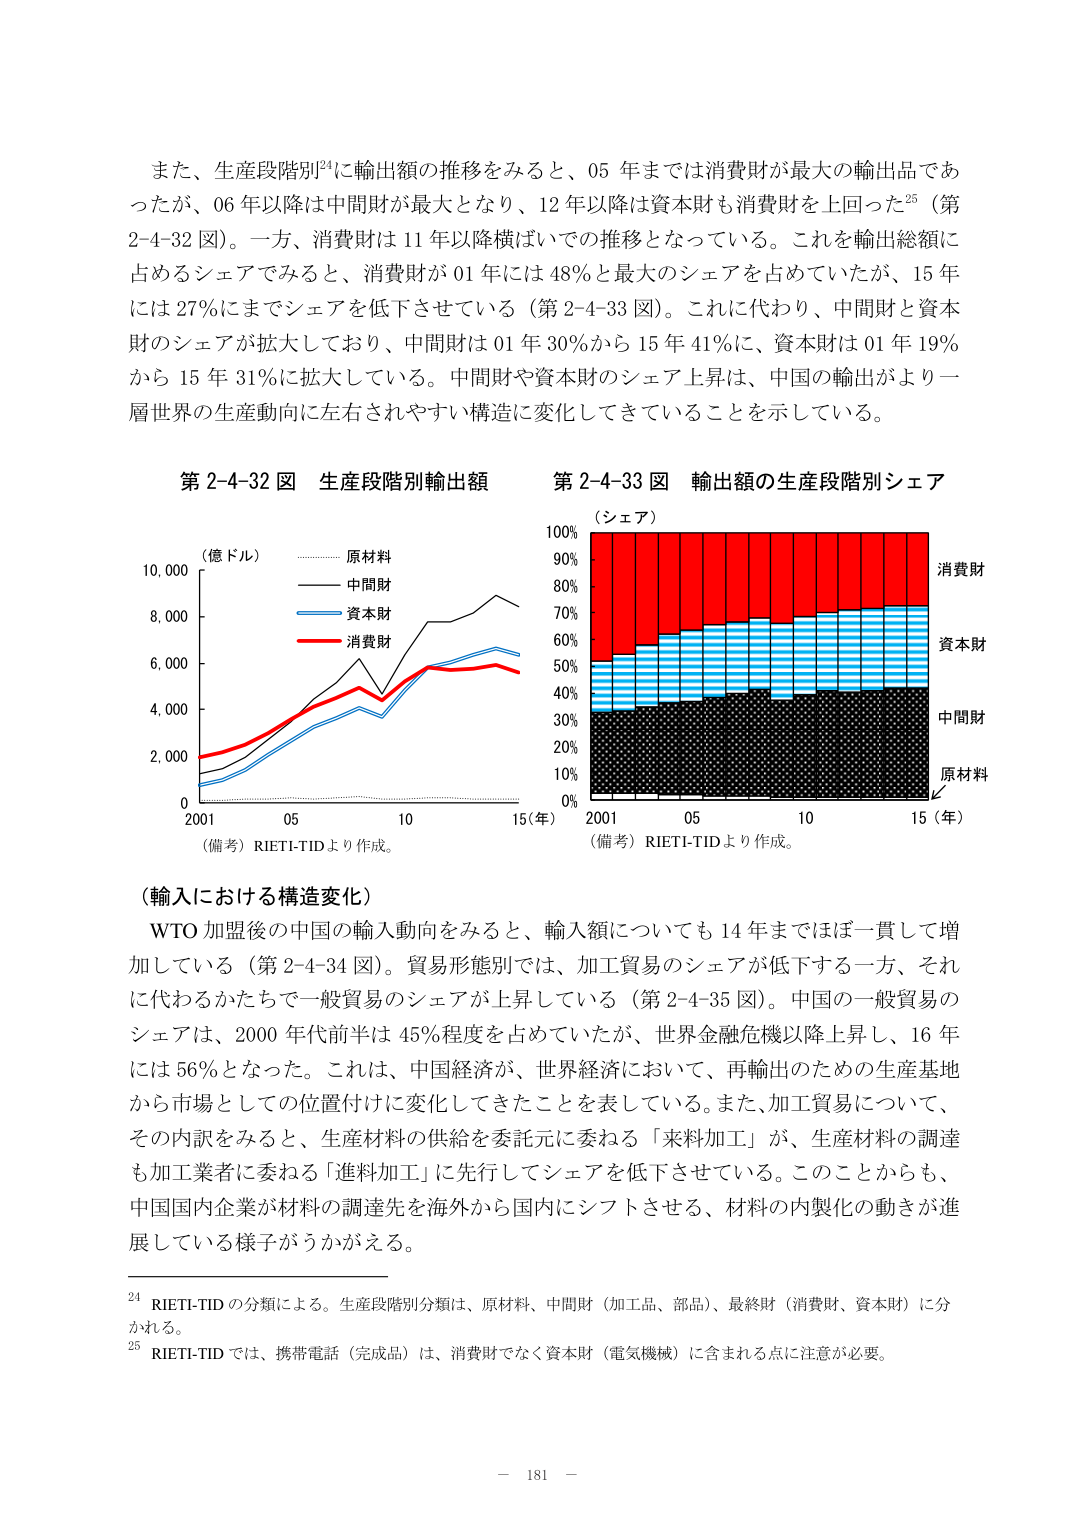
また、生産段階別24に輸出額の推移をみると、05 年までは消費財が最大の輸出品であったが、06 年以降は中間財が最大となり、12 年以降は資本財も消費財を上回った25（第 2-4-32 図）。一方、消費財は 11 年以降横ばいでの推移となっている。これを輸出総額に占めるシェアでみると、消費財が 01 年には 48％と最大のシェアを占めていたが、15 年には 27％にまでシェアを低下させている（第 2-4-33 図）。これに代わり、中間財と資本財のシェアが拡大しており、中間財は 01 年 30％から 15 年 41％に、資本財は 01 年 19％から 15 年 31％に拡大している。中間財や資本財のシェア上昇は、中国の輸出がより一層世界の生産動向に左右されやすい構造に変化してきていることを示している。

第 2-4-32 図 生産段階別輸出額
（億ドル）
………………原材料
——————中間財
——————資本財
——————消費財
0 2,000 4,000 6,000 8,000 10,000
2001 05 10 15（年）
（備考）RIETI-TID より作成。

第 2-4-33 図 輸出額の生産段階別シェア
（シェア）
100%
90%
80%
70%
60%
50%
40%
30%
20%
10%
0%
2001 05 10 15（年）
消費財
資本財
中間財
原材料
（備考）RIETI-TID より作成。

（輸入における構造変化）
WTO 加盟後の中国の輸入動向をみると、輸入額についても 14 年まではほぼ一貫して増加している（第 2-4-34 図）。貿易形態別では、加工貿易のシェアが低下する一方、それに代わるかたちで一般貿易のシェアが上昇している（第 2-4-35 図）。中国の一般貿易のシェアは、2000 年代前半は 45％程度を占めていたが、世界金融危機以降上昇し、16 年には 56％となった。これは、中国経済が、世界経済において、再輸出のための生産基地から市場としての位置付けに変化してきたことを表している。また、加工貿易について、その内訳をみると、生産材料の供給を委託元に委ねる「来料加工」が、生産材料の調達も加工業者に委ねる「進料加工」に先行してシェアを低下させている。このことからも、中国国内企業が材料の調達先を海外から国内にシフトさせる、材料の内製化の動きが進展している様子がうかがえる。

24 RIETI-TID の分類による。生産段階別分類は、原材料、中間財（加工品、部品）、最終財（消費財、資本財）に分かれる。
25 RIETI-TID では、携帯電話（完成品）は、消費財でなく資本財（電気機械）に含まれる点に注意が必要。

－ 181 －